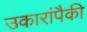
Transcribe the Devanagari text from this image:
उकारांपैकी